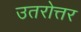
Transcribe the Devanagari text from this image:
उतरोत्तर